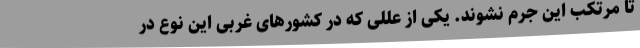
تا مرتکب این جرم نشوند. یکی از عللی که در کشورهای غربی این نوع در